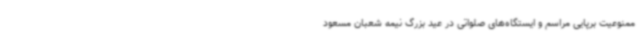
ممنوعیت برپایی مراسم و ایستگاه‌های صلواتی در عید بزرگ نیمه شعبان مسعود